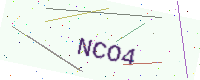
Text: NCO4